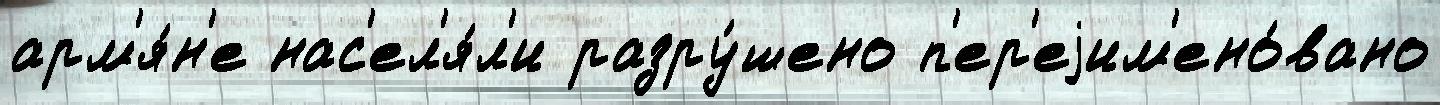
арм'я́н'е нас'ел'я́л'и разру́шено п'ер'еjим'ено́вано